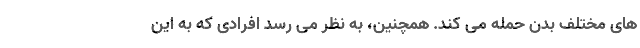
های مختلف بدن حمله می کند. همچنین، به نظر می رسد افرادی که به این